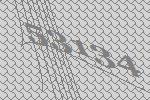
53134